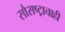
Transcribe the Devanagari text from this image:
सौराष्ट्राचाही